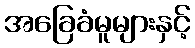
အခြေခံမူများနှင့်